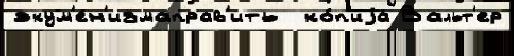
экум'ен'измаправ'ить  ко́п'иjа Вальт'ер